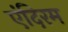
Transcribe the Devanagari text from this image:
एंदिरम